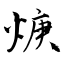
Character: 焿